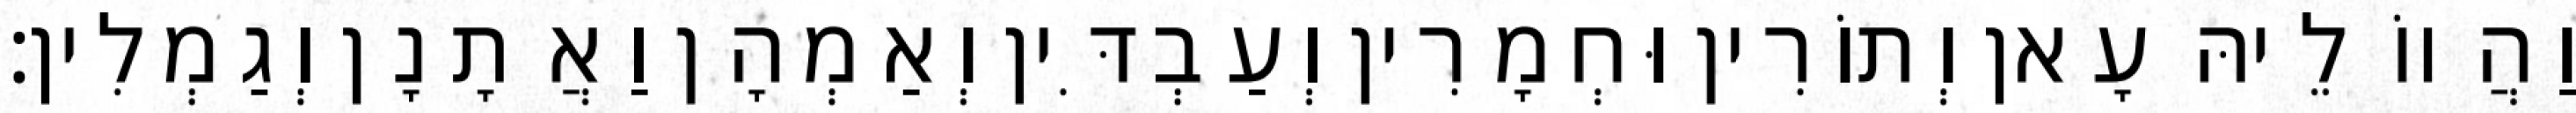
וַהֲווֹ לֵיהּ עָאן וְתוֹרִין וּחְמָרִין וְעַבְדִּין וְאַמְהָן וַאֲתָנָן וְגַמְלִין׃